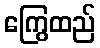
ကြွေထည်